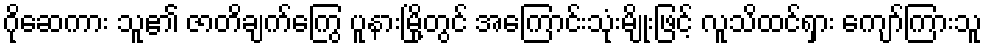
ဂိုဆေကား သူ၏ ဇာတိချက်ကြွေ ပူနားမြို့တွင် အကြောင်းသုံးမျိုးဖြင့် လူသိထင်ရှား ကျော်ကြားသူ